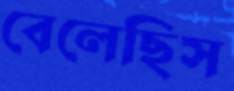
বেলেছিস